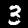
Label: 3